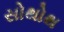
સોથોથ